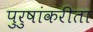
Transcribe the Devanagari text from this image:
पुरुषांकरीता